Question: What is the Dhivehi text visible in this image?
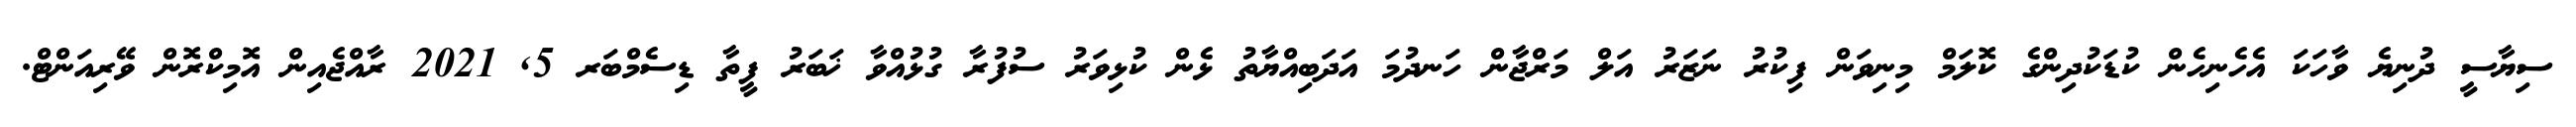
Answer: ސިޔާސީ ދުނިޔެ ވާހަކަ އެހެނިހެން ކުޑަކުދިންގެ ކޮލަމް މިނިވަން ފިކުރު ނަޒަރު އަލް މަރްޖާން ހަނދުމަ އަދަބިއްޔާތު ޅެން ކުޅިވަރު ސުފުރާ ގުޅުއްވާ ޚަބަރު ފީތާ ޑިސެމްބަރ 5, 2021 ރާއްޖެއިން އޮމިކްރޮން ވޭރިއަންޓް.